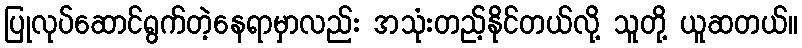
ပြုလုပ်ဆောင်ရွက်တဲ့နေရာမှာလည်း အသုံးတည့်နိုင်တယ်လို့ သူတို့ ယူဆတယ်။